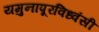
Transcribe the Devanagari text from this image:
यमुनापूरविध्वंसी